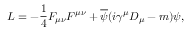
{ \cal L } = - \frac { 1 } { 4 } F _ { \mu \nu } F ^ { \mu \nu } + \overline { { { \psi } } } ( i \gamma ^ { \mu } D _ { \mu } - m ) \psi ,